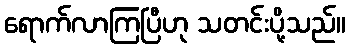
ရောက်လာကြပြီဟု သတင်းပို့သည်။